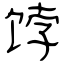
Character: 饽